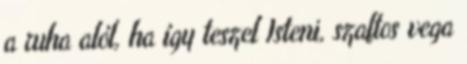
a ruha alól, ha így teszel Isteni, szaftos vega